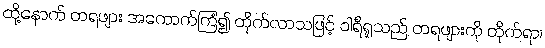
ထို့နောက် တရဖျား အကောက်ကြံ၍ တိုက်လာသဖြင့် ဝါရီရူသည် တရဖျားကို တိုက်ရာ၊